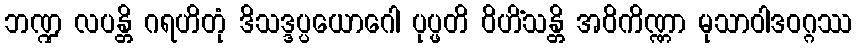
ဘဏ္ဍ လပန္တိ ဂရဟိတုံ ဒိသဒ္ဒပ္ပယောဂေါ ပုပ္ဖတိ ဝိဟိံသန္တိ အဝိကိဏ္ဏာ မုသာဝါဒဝဂ္ဂဿ